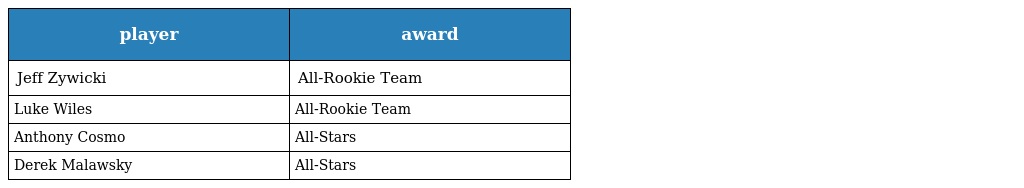
| player | award |
 | --- | --- |
 | Jeff Zywicki | All-Rookie Team |
 | Luke Wiles | All-Rookie Team |
 | Anthony Cosmo | All-Stars |
 | Derek Malawsky | All-Stars |